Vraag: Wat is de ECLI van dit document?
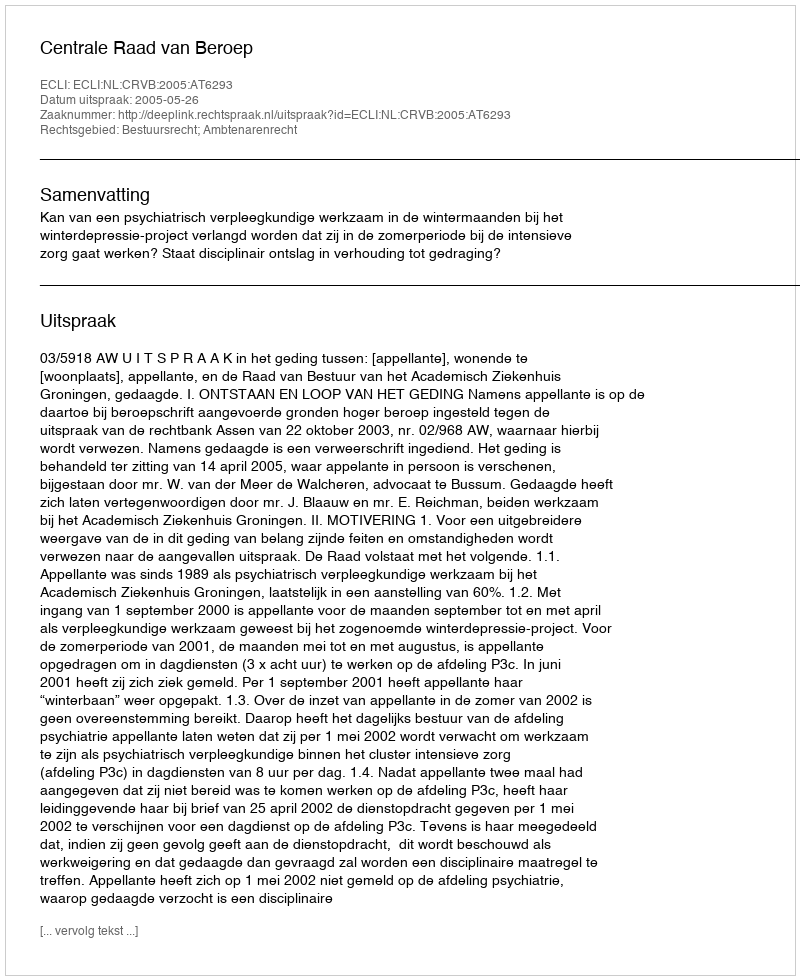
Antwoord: ECLI:NL:CRVB:2005:AT6293